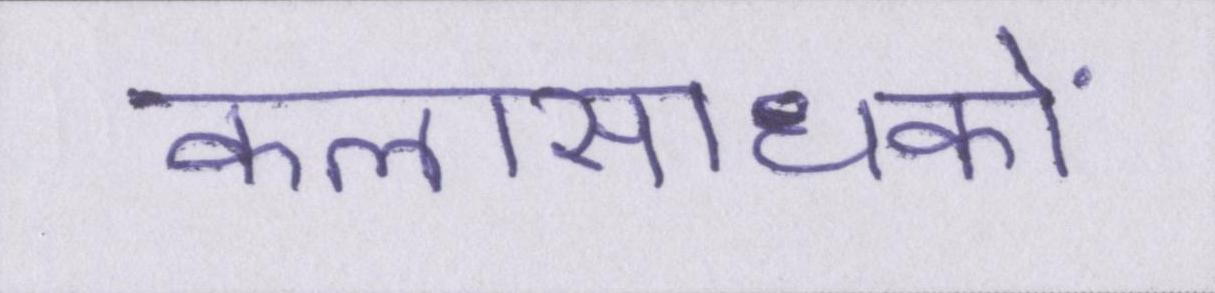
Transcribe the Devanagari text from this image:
कलासाधकों